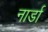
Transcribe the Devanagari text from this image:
नार्डा